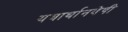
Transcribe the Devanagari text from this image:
यथार्थानवेषी